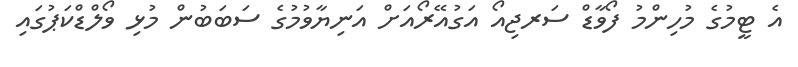
އެ ޓީމުގެ މުހިންމު ފޯވާޑް ސަރޖިއޯ އަގުއޭރޯއަށް އަނިޔާވުމުގެ ސަބަބުން މުޅި ވޯލްޑްކަޕުގައި